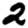
Digit: 2